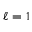
\ell = 1